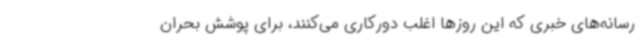
رسانه‌های خبری که این روزها اغلب دورکاری می‌کنند، برای پوشش بحران